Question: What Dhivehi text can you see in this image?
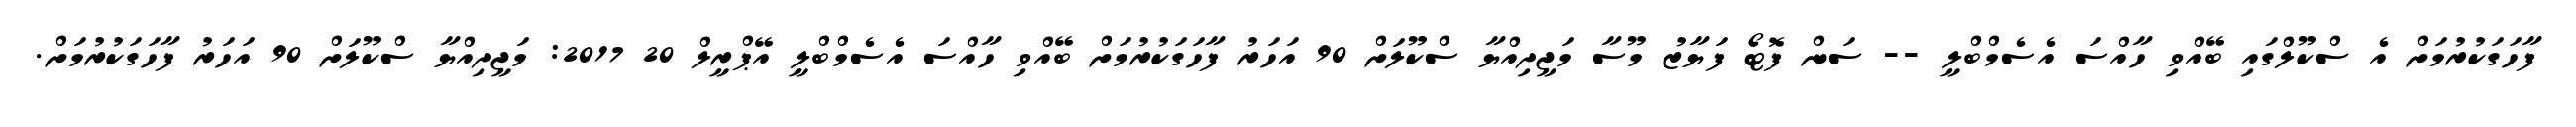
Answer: ފާހަގަކުރުމަށް އެ ސްކޫލްގައި ބޭއްވި ހާއްސަ އެސެމްބްލީ -- ސަން ފޮޓޯ ފަޔާޒު މޫސާ މަޖީދިއްޔާ ސްކޫލަށް 90 އަހަރު ފާހަގަކުރުމަށް ބޭއްވި ހާއްސަ އެސެމްބްލީ އޭޕްރީލް 20 2017: މަޖީދިއްޔާ ސްކޫލަށް 90 އަހަރު ފާހަގަކުރުމަށް.